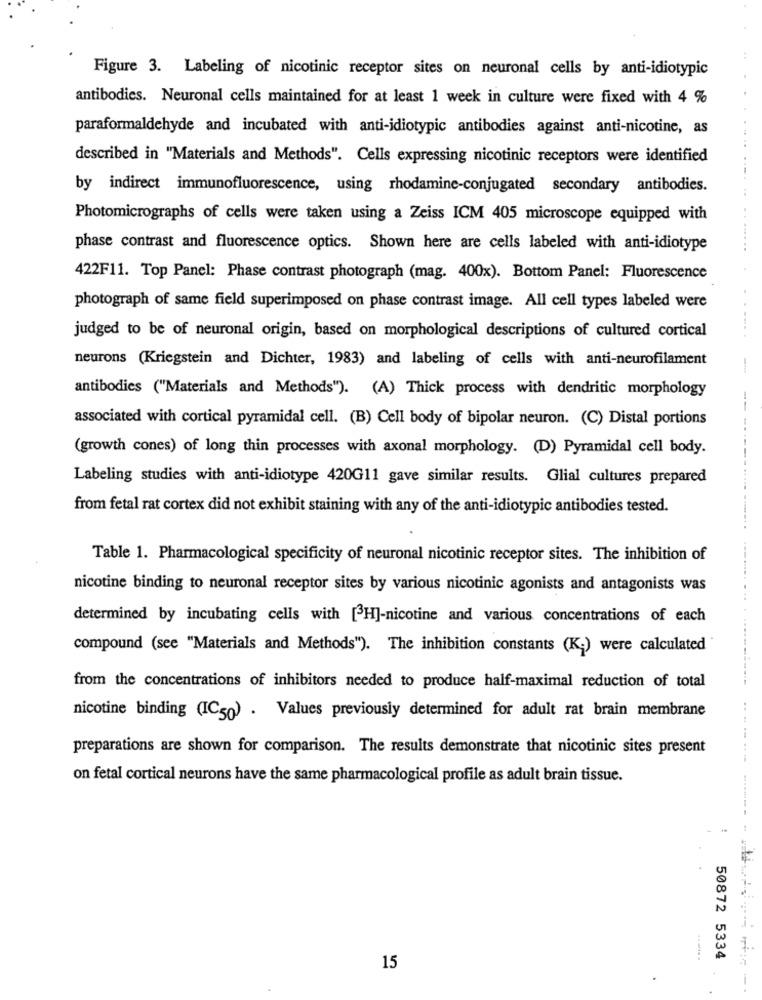
Figure 3. Labeling of nicotinic receptor sites on neuronal cells by anti-idiotypic
antibodies. Neuronal cells maintained for at least 1 week in culture were fixed with 4 %
paraformaldehyde and incubated with anti-idiotypic antibodies against anti-nicotine, as
described in "Materials and Methods". Cells expressing nicotinic receptors were identified
by indirect immunofluorescence, using rhodamine-conjugated secondary antibodies.
Photomicrographs of cells were taken using a Zeiss ICM 405 microscope equipped with
phase contrast and fluorescence optics. Shown here are cells labeled with anti-idiotype
422F11. Top Panel: Phase contrast photograph (mag. 400x). Bottom Panel: Fluorescence
photograph of same field superimposed on phase contrast image. All cell types labeled were
judged to be of neuronal origin, based on morphological descriptions of cultured cortical
neurons (Kriegstein and Dichter, 1983) and labeling of cells with anti-neurofilament
antibodies ("Materials and Methods"). (A) Thick process with dendritic morphology
--
associated with cortical pyramidal cell. (B) Cell body of bipolar neuron. (C) Distal portions
(growth cones) of long thin processes with axonal morphology. (D) Pyramidal cell body.
Labeling studies with anti-idiotype 420G11 gave similar results. Glial cultures prepared
from fetal rat cortex did not exhibit staining with any of the anti-idiotypic antibodies tested.
Table 1. Pharmacological specificity of neuronal nicotinic receptor sites. The inhibition of
nicotine binding to neuronal receptor sites by various nicotinic agonists and antagonists was
determined by incubating cells with [H]-nicotine and various concentrations of each
compound (see "Materials and Methods"). The inhibition constants (K.) were calculated
from the concentrations of inhibitors needed to produce half-maximal reduction of total
nicotine binding (IC50) . Values previously determined for adult rat brain membrane
preparations are shown for comparison. The results demonstrate that nicotinic sites present
on fetal cortical neurons have the same pharmacological profile as adult brain tissue.
......
50872 5334
15